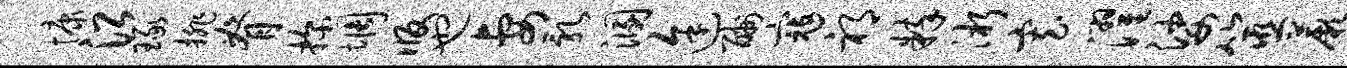
慷沿琢排脊探惆版也妻乳溷途酬寇祁粹淅寡濯娑筮蕨